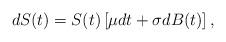
\begin{align*}dS(t) &= S(t)\left[\mu dt + \sigma dB(t)\right],\end{align*}